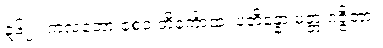
၃၆၂။ ကလဘော စေဝ ဘိင်္ကောထ၊ ပဘိန္နော မတ္တ ဂဇ္ဇိတာ။